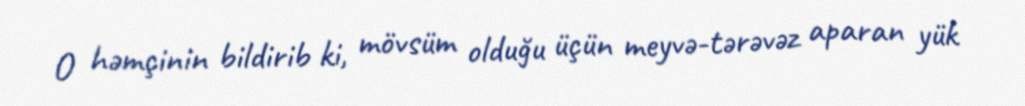
O həmçinin bildirib ki, mövsüm olduğu üçün meyvə-tərəvəz aparan yük